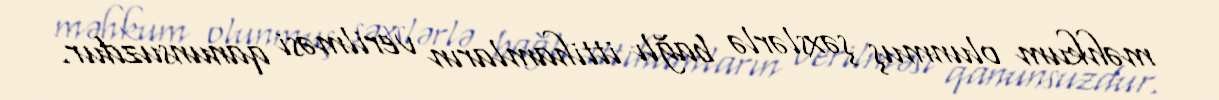
məhkum olunmuş şəxslərlə bağlı ittihamların verilməsi qanunsuzdur.